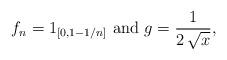
LaTeX: \begin{align*}f_n=1_{[0,1-1/n]}\mbox{ and }g=\frac{1}{2\,\sqrt{x}},\end{align*}